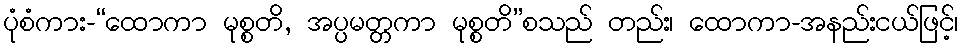
ပုံစံကား-“ထောကာ မုစ္စတိ, အပ္ပမတ္တကာ မုစ္စတိ”စသည် တည်း၊ ထောကာ-အနည်းငယ်ဖြင့်၊